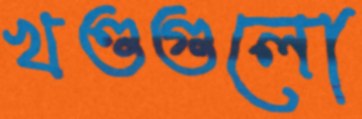
খণ্ডগুলো